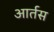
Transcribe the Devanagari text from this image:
आर्तस